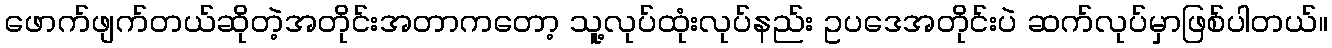
ဖောက်ဖျက်တယ်ဆိုတဲ့အတိုင်းအတာကတော့ သူ့လုပ်ထုံးလုပ်နည်း ဥပဒေအတိုင်းပဲ ဆက်လုပ်မှာဖြစ်ပါတယ်။